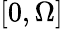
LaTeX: [0,\Omega]